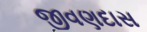
જીવણદાસ